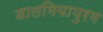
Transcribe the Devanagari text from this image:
डालमियापुरम